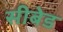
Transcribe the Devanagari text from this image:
सीबेड